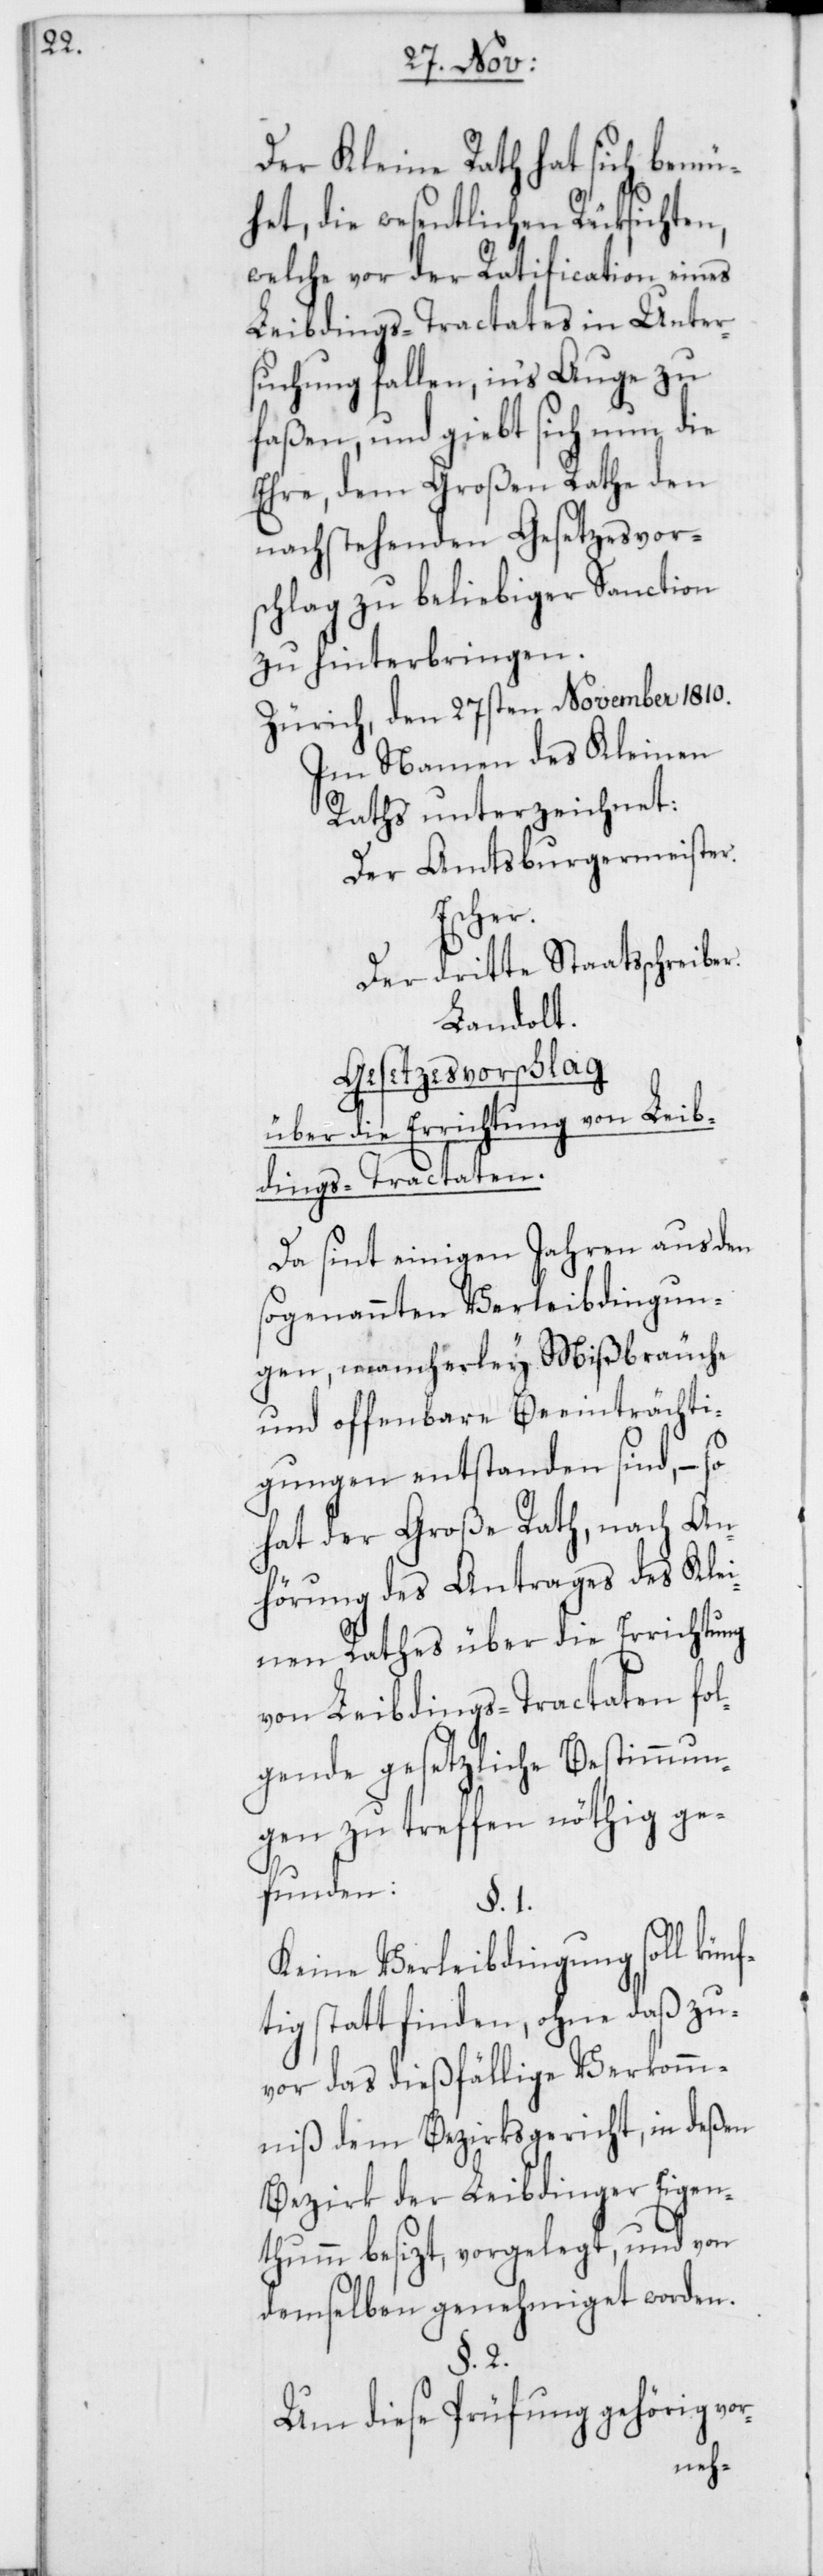
Der Kleine Rath hat sich bemü¬
het, die wesentlichen Rüksichten,
welche vor der Ratification eines
Leibdings-Tractates in Unter¬
suchung fallen, ins Auge zu
faßen, und gibt sich nun die
Ehre, dem Großen Rathe den
nachstehenden Gesetzesvor¬
schlag zu beliebiger Sanction
zu hinterbringen.
Zürich, den 27sten November 1810.
Im Namen des Kleinen
Raths unterzeichnet:
Der Amtsburgermeister
Escher.
Der dritte Staatsschreiber
Landolt.
Gesetzesvorschlag
über die Errichtung von Leib¬
dings-Tractaten.
Da sint einigen Jahren aus den
sogenannten Verleibdingun¬
gen, mancherley Mißbräuche
und offenbare Beeinträchti¬
gungen entstanden sind, – so
hat der Große Rath, nach An¬
hörung des Antrages des Klei¬
nen Rathes über die Errichtung
von Leibdings-Tractaten fol¬
gende gesetzliche Bestimmun¬
gen zu treffen nöthig ge¬
funden:
Keine Verleibdingung soll künf¬
tig stattfinden, ohne daß zu¬
vor das dießfällige Verkomm¬
niß dem Bezirksgericht, in deßen
Bezirk der Leibdinger Eigen¬
thum besizt, vorgelegt, und von
demselben genehmiget worden.
Um diese Prüfung gehörig vor-